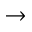
\to